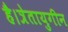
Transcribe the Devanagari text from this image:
है।त्रेतायुगीन